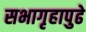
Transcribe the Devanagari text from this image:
सभागृहापुढे